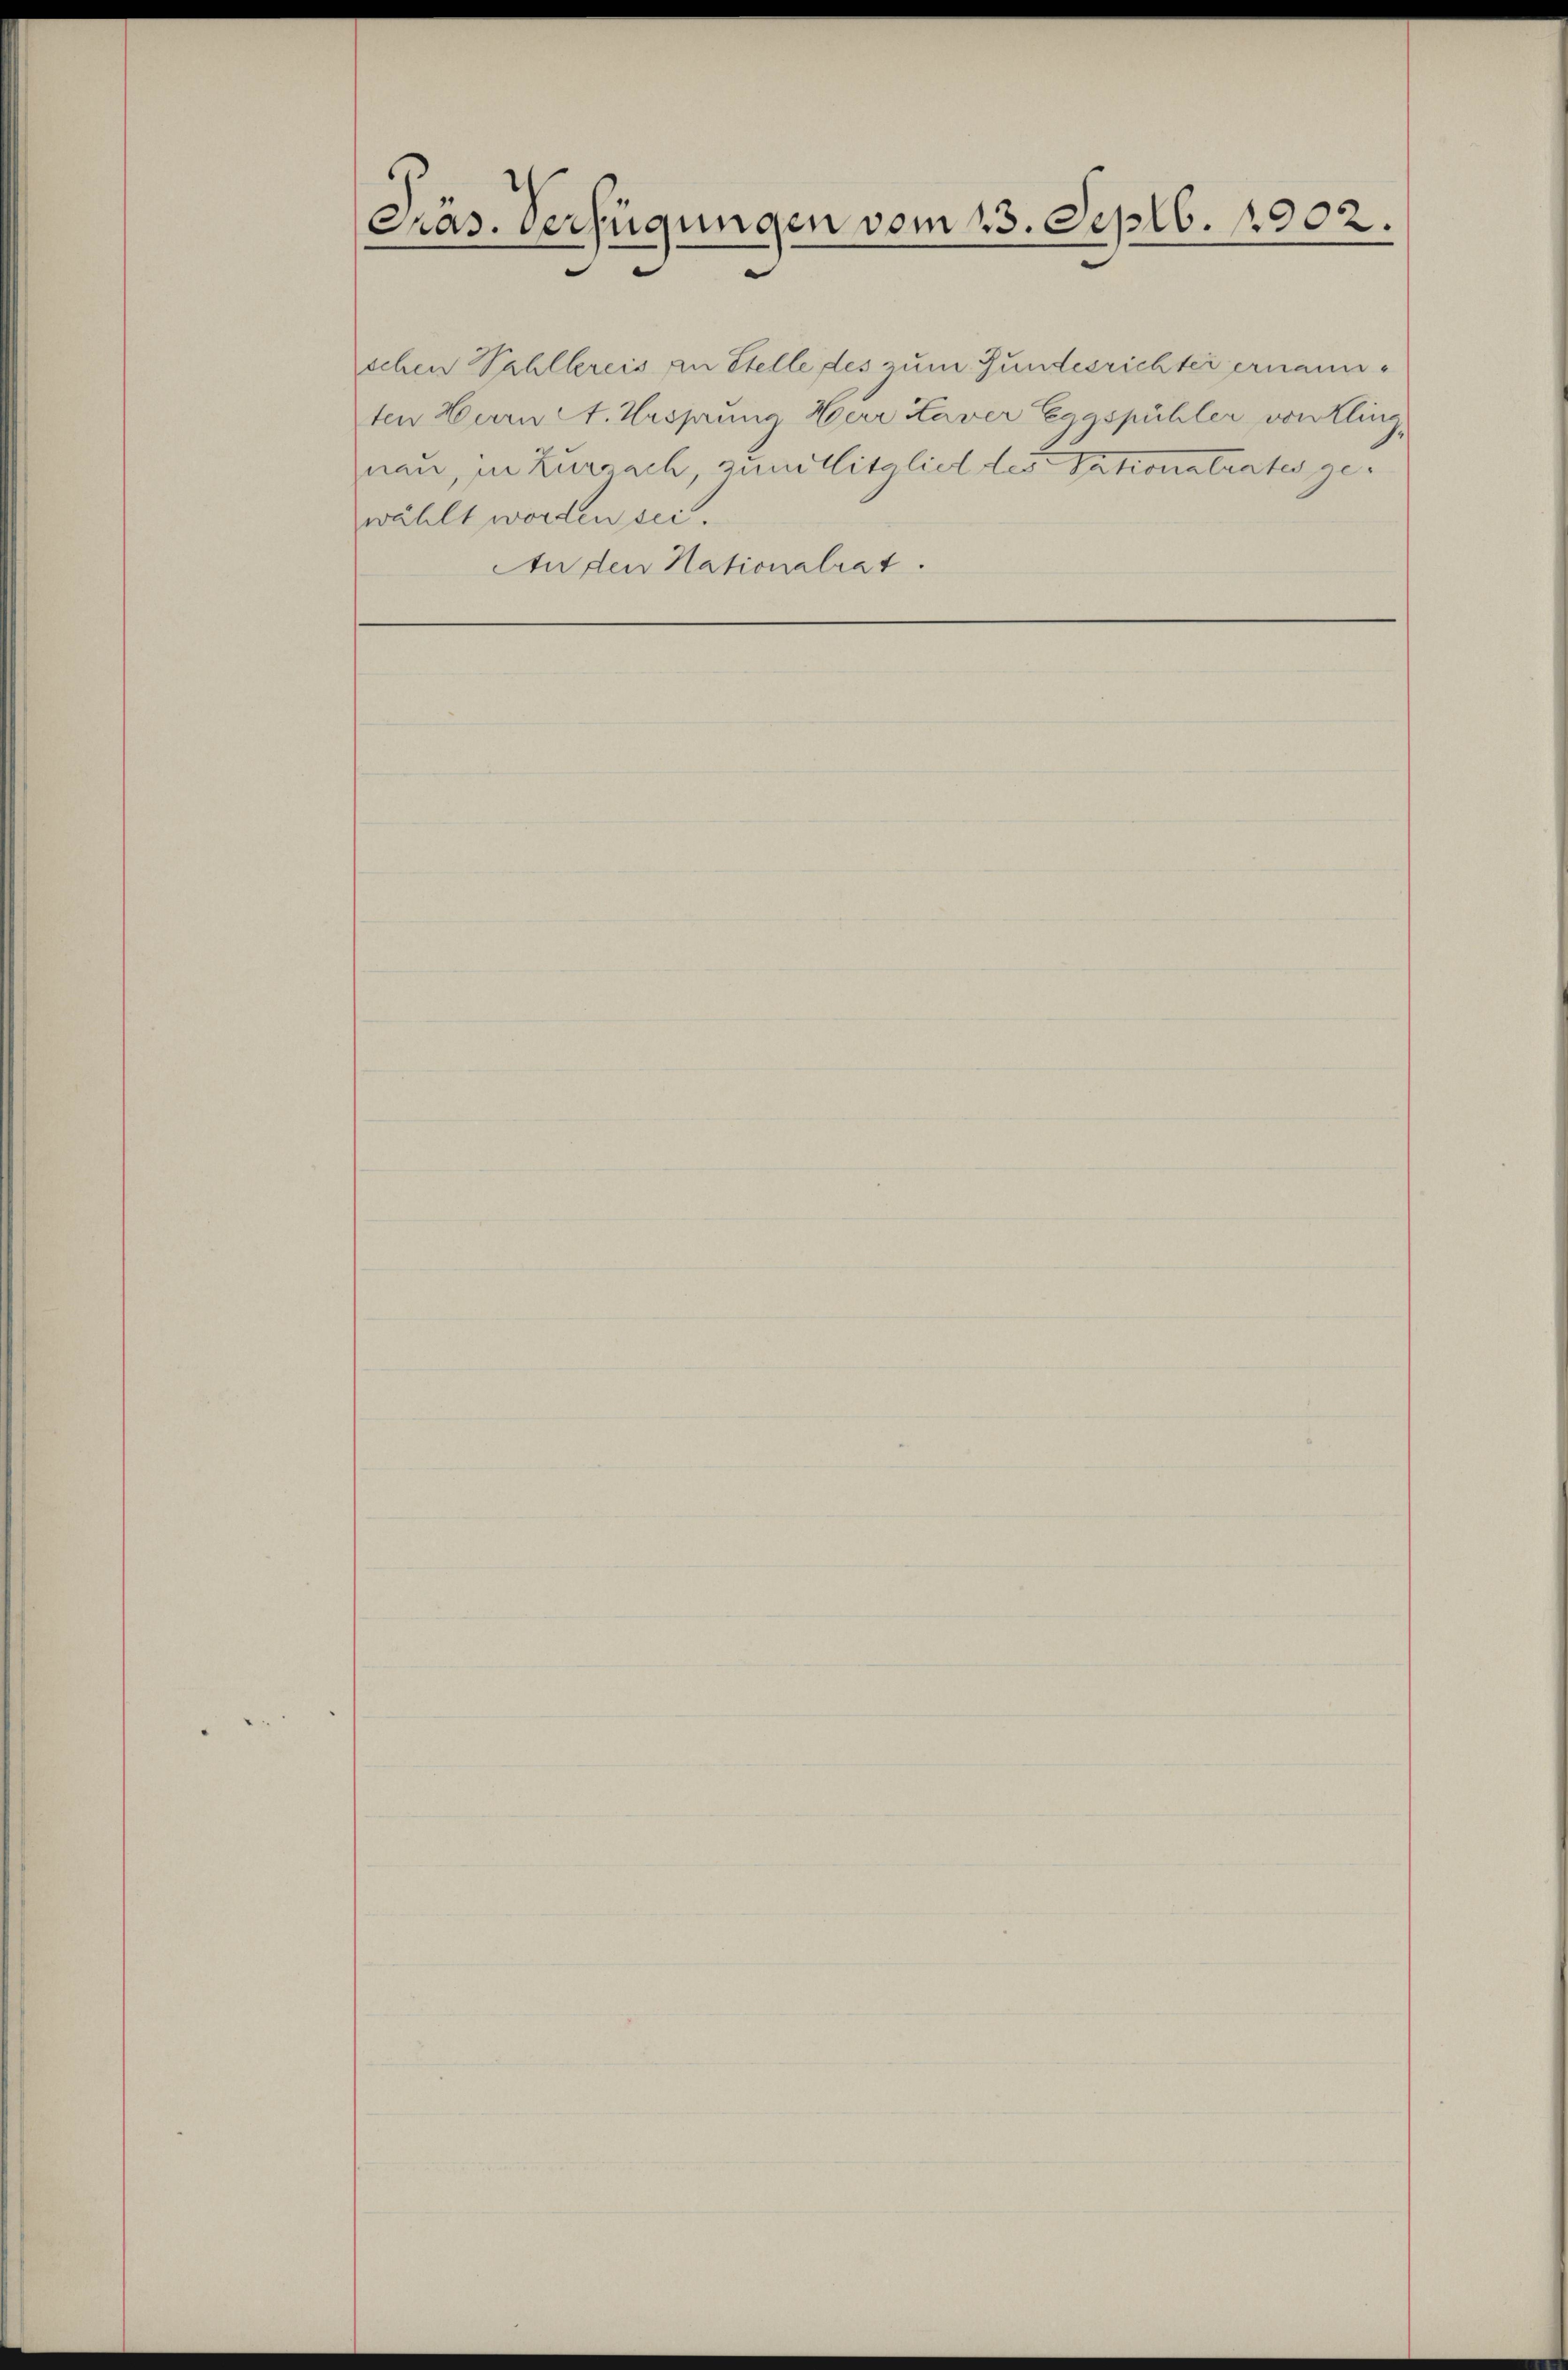
Präs. Verfügungen vom 13. Septb. 1902.

wählt worden sei.
An den Nationalrat.

schen Vahllereis an Stelle des zum Gundesrichter ernannten Herrn et. Ursprung Herr Laver Eggspühler von Kling-
nau, in Zurzach, zunillitzlich des Sationalrates ge¬